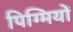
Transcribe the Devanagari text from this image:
पिग्मियों